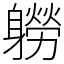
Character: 軂